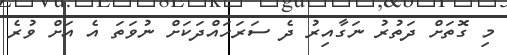
މި ގޮތަށް ދަތުރު ނަގާއިރު ދެ ސަރަހައްދަކަށް ނުވަތަ އެ އަށް ވުރެ